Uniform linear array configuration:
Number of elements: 32
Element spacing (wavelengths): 0.75
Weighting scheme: cosine
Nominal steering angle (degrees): -15
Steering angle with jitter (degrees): -13.766
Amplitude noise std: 0.05
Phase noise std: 0.05

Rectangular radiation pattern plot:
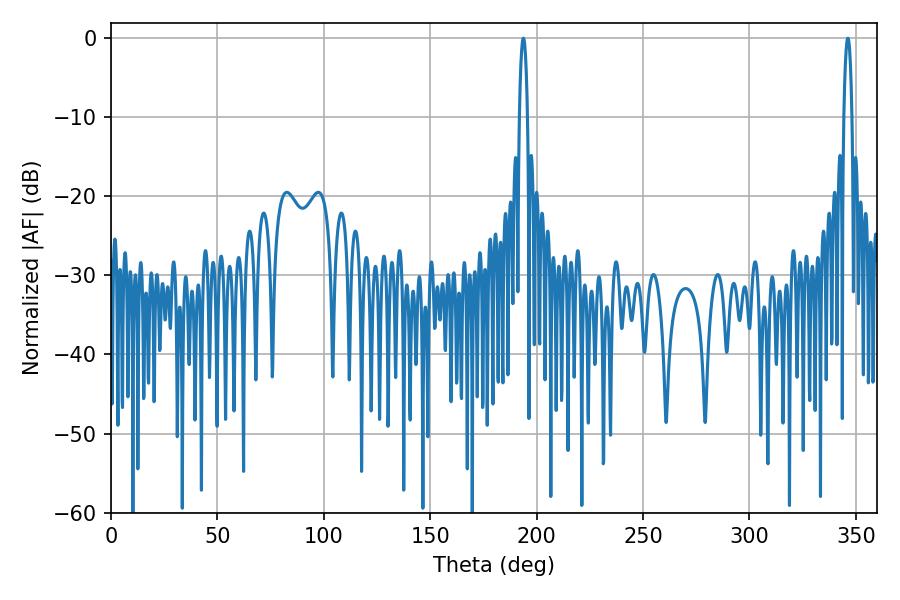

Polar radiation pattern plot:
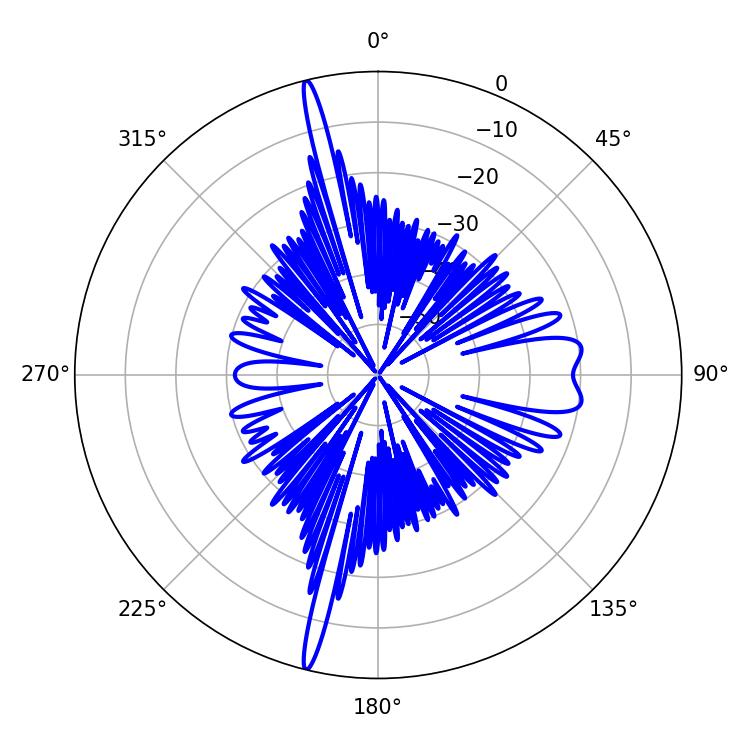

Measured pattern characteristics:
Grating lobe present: TRUE
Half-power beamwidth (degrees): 1.98
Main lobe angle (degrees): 193.68